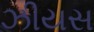
ઝીયસ